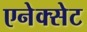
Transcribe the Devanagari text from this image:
एनेक्सेट